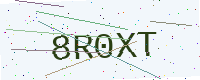
Text: 8R0XT